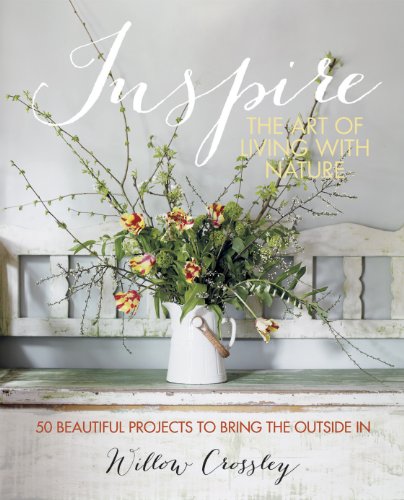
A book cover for Inspire - The Art of Living withÂ Nature; Willow Crossley; Crafts, Hobbies & Home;